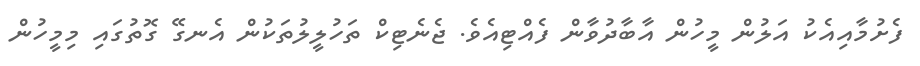
ފެށުމާއިއެކު އަލުން މީހުން އާބާދުވާން ފެއްޓިއެވެ. ޖެނެޓިކް ތަހުލީލުތަކުން އެނގޭ ގޮތުގައި މިމީހުން